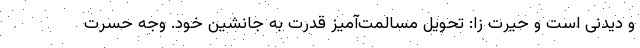
و دیدنی است و حیرت زا: تحویل مسالمت‌آمیز قدرت به جانشین خود. وجه حسرت